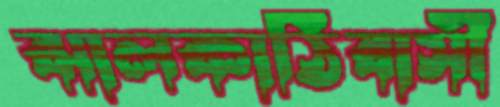
ঝালকাঠিবাসী